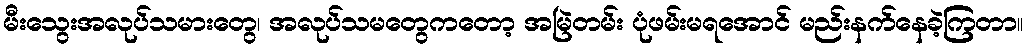
မီးသွေးအလုပ်သမားတွေ၊ အလုပ်သမတွေကတော့ အမြဲတမ်း ပုံဖမ်းမရအောင် မည်းနက်နေခဲ့ကြတာ။